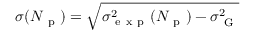
\sigma ( N _ { \mathrm { ~ p ~ } } ) = \sqrt { \sigma _ { \mathrm { ~ e ~ x ~ p ~ } } ^ { 2 } ( N _ { \mathrm { ~ p ~ } } ) - \sigma _ { \mathrm { ~ G ~ } } ^ { 2 } }